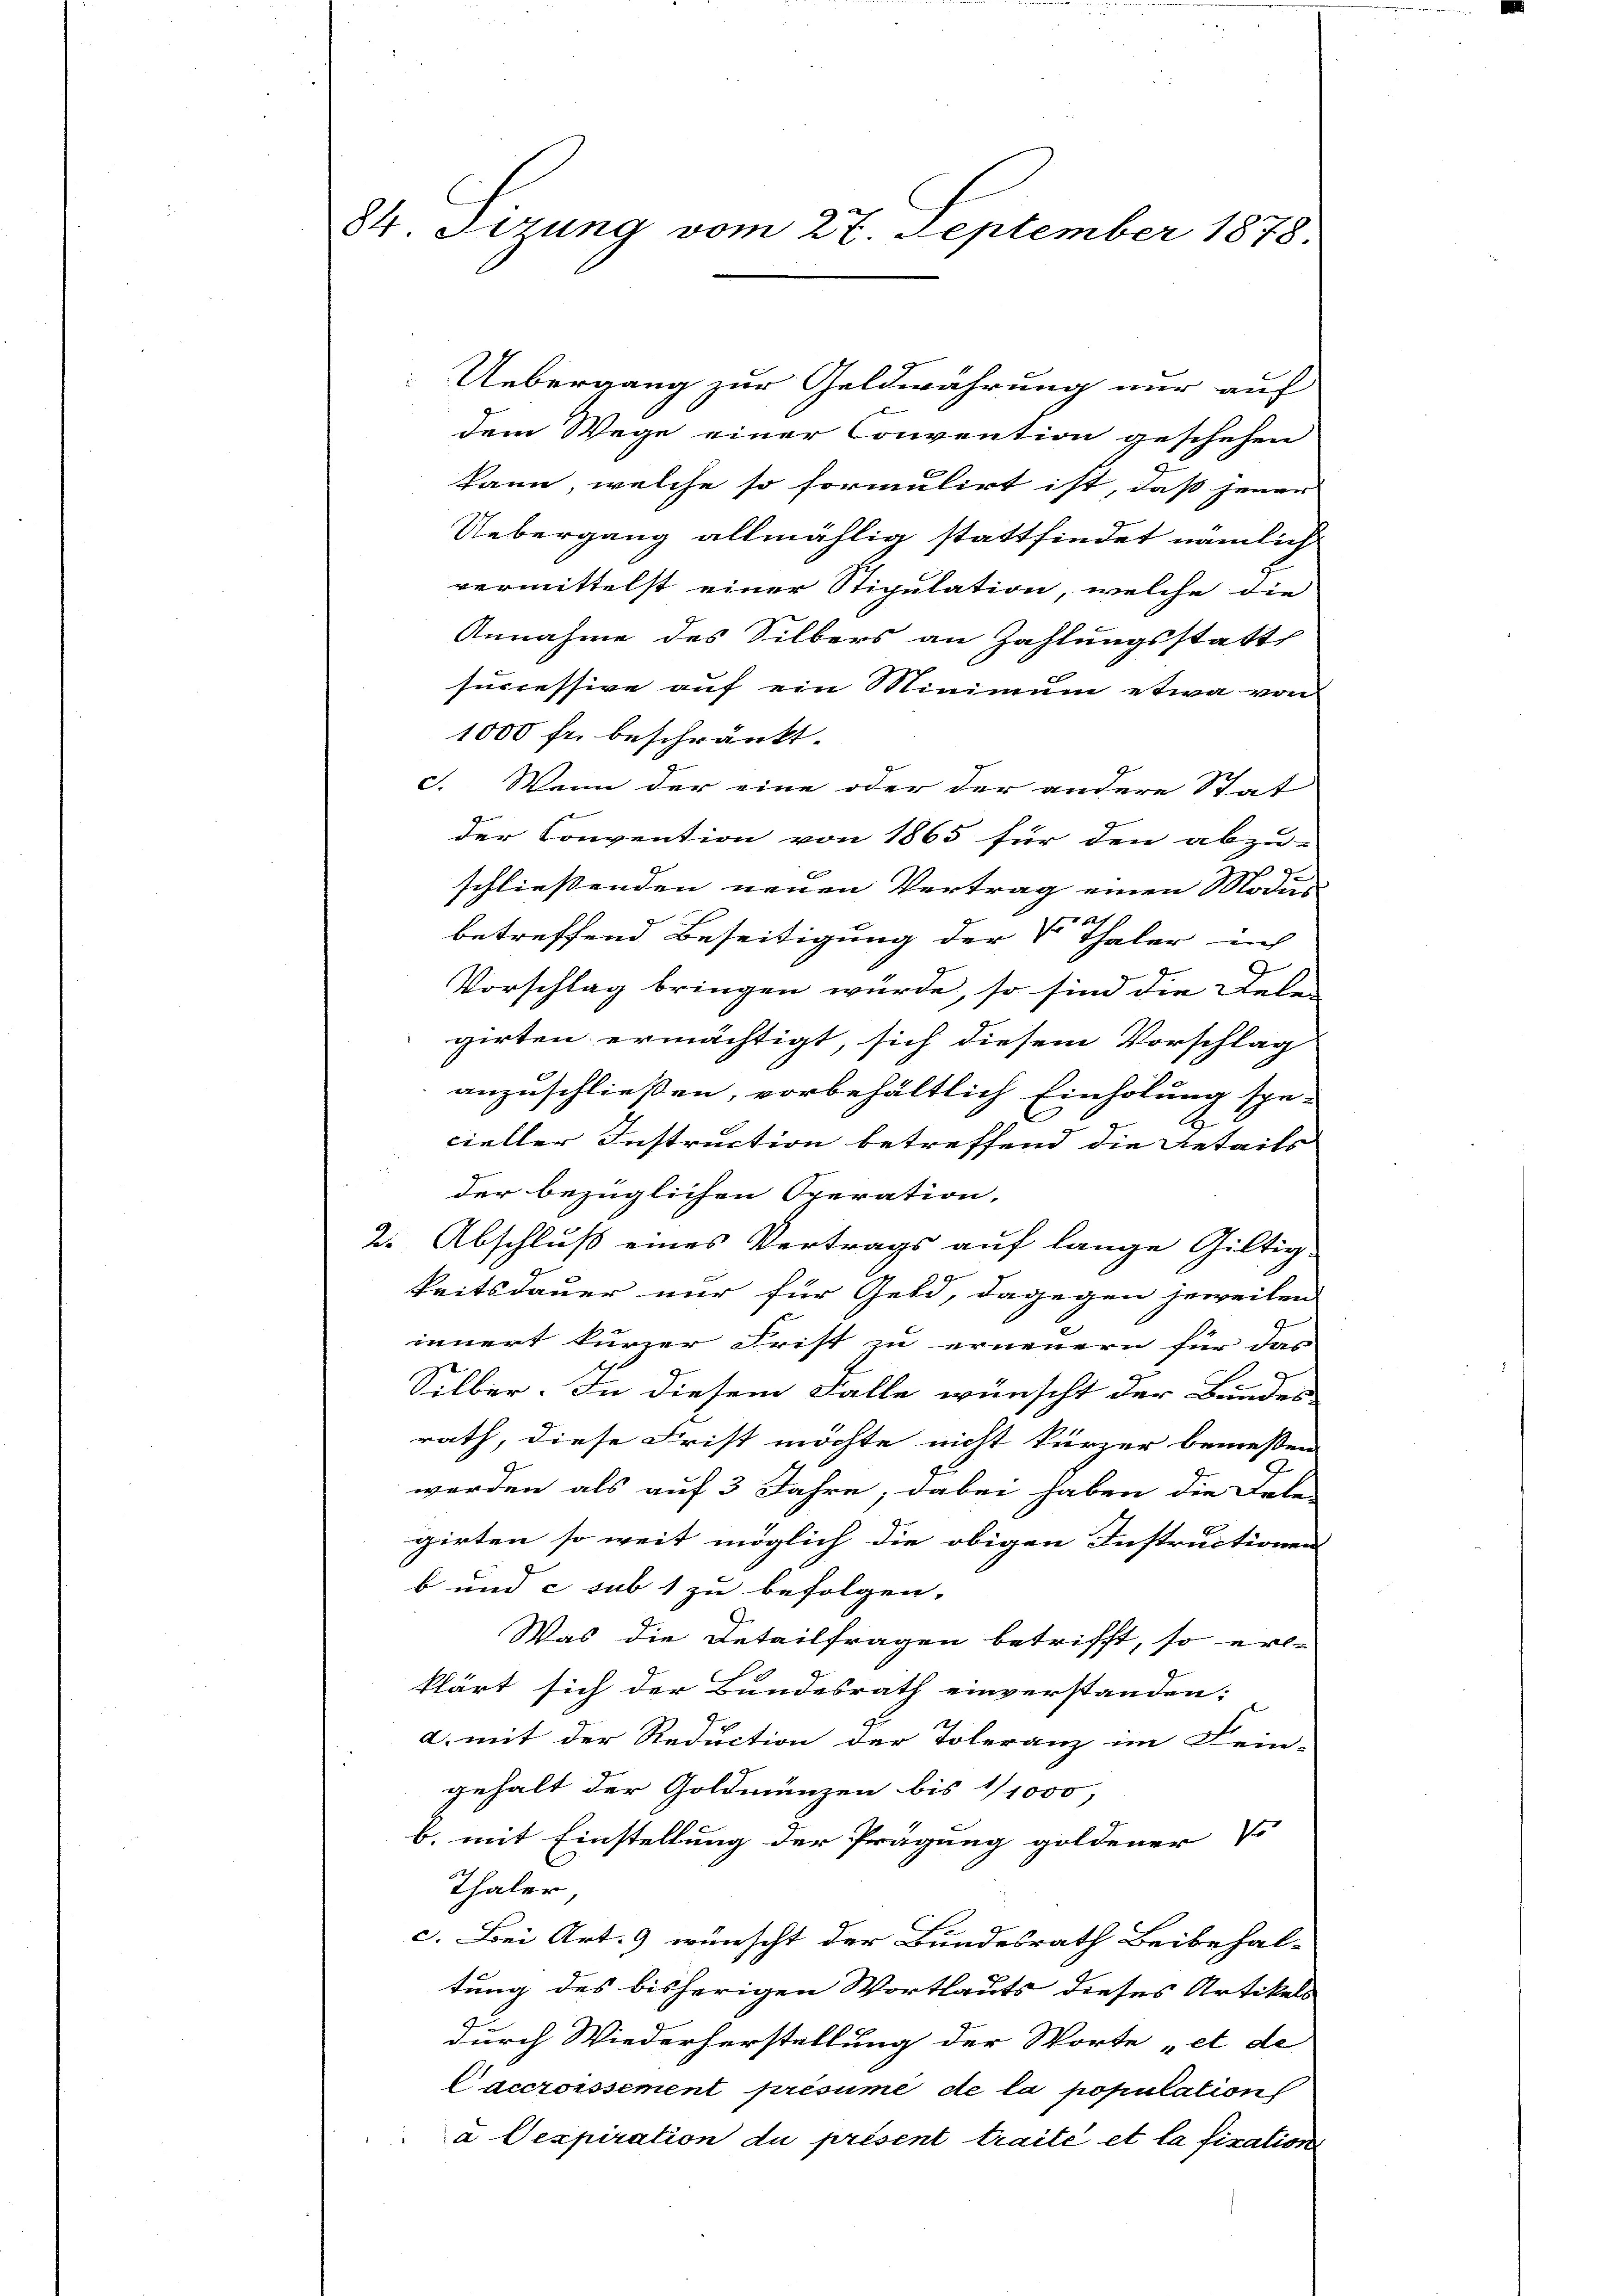
84 Sirung vom 27. September 1878.

Uebergang zur Geldwährung nur auf
dem Wege einer Convention geschehen
kann, welche so formulirt ist, dass jener
Uebergang allmählig stattfindet nämlich
vermittelst einer Stipulation, welche die
Annahme des Silbers an Zahlungsstatt
successive auf ein Minimum etwa von
1000 fr. beschränkt.
c. Wenn der eine oder der andere Stat
der Convention von 1865 für den abzu-
schließenden neuen Vertrag einen Modus
betreffend Beseitigung der Vor Thaler in
J
Vorschlag bringen würde, so sind die Relen
girten ermächtigt, sich diesem Vorschlag
anzuschließen, vorbehältlich Einholung spe-
A.
cieller Instruction betreffend die Anteils
der bezüglichen Operation.
2. Abschluß eines Vertrags auf lange Gültig-
keitsdauer nur für Geld, dagegen jeweilen
innert kurzer Frist zu erneuern für das |
Silber. In diesem Falle wünscht der Bundes
rath, diese Frist möchte nicht kürzer bemessen
werden als auf 3 Jahre; dabei haben die Tat-
girten so weit möglich die obigen Instructionen
b und c sub 1 zu befolgen.
Was die Detailfragen betrifft, so er-
klärt sich der Bundesrath einverstanden:
a. mit der Reduction der Toleranz im Fein-
gehalt der Goldmünzen bis 1/1000,
b. mit Einstellung der Prägung goldener
Thaler,
c. Bei Art. 9 wünscht der Bundesrath Beibehal-
tung des bisherigen Wortlauts dieses Artikels
durch Wiederherstellung der Worte „et de
Caccroissement présumé de la population
a Dexpiration du présent traité et la fixation